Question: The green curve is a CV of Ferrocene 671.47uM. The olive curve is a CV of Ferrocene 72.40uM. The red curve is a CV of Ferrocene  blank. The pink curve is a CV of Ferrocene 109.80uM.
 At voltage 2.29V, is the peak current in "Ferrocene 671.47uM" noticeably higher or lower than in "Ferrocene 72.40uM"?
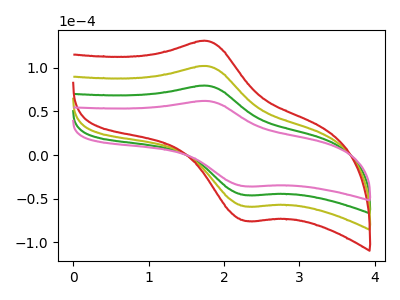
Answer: <think>The green curve "Ferrocene 671.47uM" has an anodic peak at (1.80V, 79.45uA) and a cathodic peak at (2.30V, -45.85uA). The olive curve "Ferrocene 72.40uM" has an anodic peak at (1.80V, 158.90uA) and a cathodic peak at (2.30V, -91.65uA). The red curve "Ferrocene  blank" has an anodic peak at (1.80V, 238.30uA) and a cathodic peak at (2.30V, -137.50uA). The pink curve "Ferrocene 109.80uM" has an anodic peak at (1.80V, 61.95uA) and a cathodic peak at (2.30V, -35.75uA).</think>
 <answer>The peak at 2.29V is lower in "Ferrocene 671.47uM" than in "Ferrocene 72.40uM".</answer>
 <eval>lower</eval>